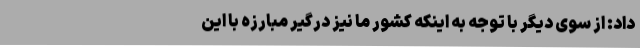
داد: از سوی دیگر با توجه به اینکه کشور ما نیز درگیر مبارزه با این